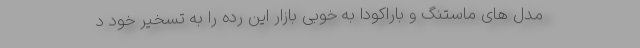
مدل های ماستنگ و باراکودا به خوبی بازار این رده را به تسخیر خود د